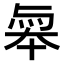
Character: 𠦮